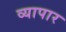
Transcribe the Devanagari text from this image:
व्यापार